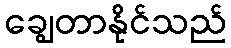
ချွေတာနိုင်သည်